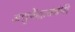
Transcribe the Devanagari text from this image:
अणुकेंद्रासंबंधी